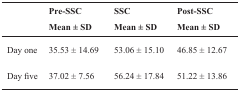
<table><thead><tr><td></td><td><b>Pre-SSC</b></td><td><b>SSC</b></td><td><b>Post-SSC</b></td></tr><tr><td></td><td><b>Mean ± SD</b></td><td><b>Mean ± SD</b></td><td><b>Mean ± SD</b></td></tr></thead><tbody><tr><td>Day one</td><td>35.53 ± 14.69</td><td>53.06 ± 15.10</td><td>46.85 ± 12.67</td></tr><tr><td>Day five</td><td>37.02 ± 7.56</td><td>56.24 ± 17.84</td><td>51.22 ± 13.86</td></tr></tbody></table>